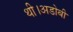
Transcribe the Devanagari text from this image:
थी।अडोबी